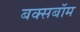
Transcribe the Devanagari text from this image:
बक्सबॉम